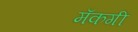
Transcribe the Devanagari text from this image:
मॅकगी